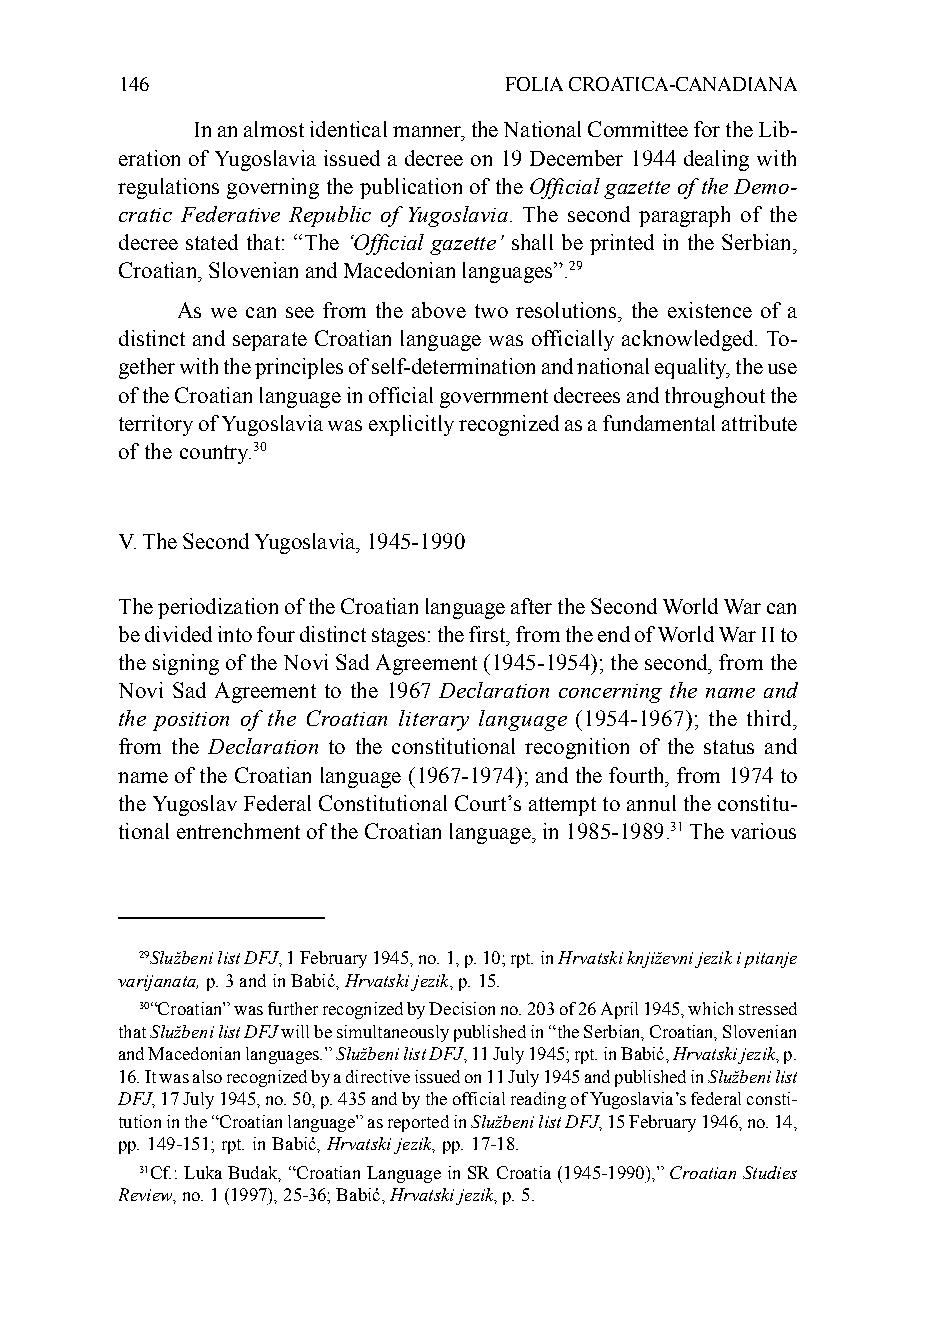
146                      FOLIA CROATICA-CANADIANA
 In an almost identical manner, the National Committee for the Lib-
 eration of Yugoslavia issued a decree on 19 December 1944 dealing with
 regulations governing the publication of the Official gazette of the Demo-
 cratic Federative Republic of Yugoslavia. The second paragraph of the
 decree stated that: “The ‘Official gazette’ shall be printed in the Serbian,
 Croatian, Slovenian and Macedonian languages”.29
 As we can see from the above two resolutions, the existence of a
 distinct and separate Croatian language was officially acknowledged. To-
 gether with the principles of self-determination and national equality, the use
 of the Croatian language in official government decrees and throughout the
 territory of Yugoslavia was explicitly recognized as a fundamental attribute
 of the country.30
 V. The Second Yugoslavia, 1945-1990
 The periodization of the Croatian language after the Second World War can
 be divided into four distinct stages: the first, from the end of World War II to
 the signing of the Novi Sad Agreement (1945-1954); the second, from the
 Novi Sad Agreement to the 1967 Declaration concerning the name and
 the position of the Croatian literary language (1954-1967); the third,
 from the Declaration to the constitutional recognition of the status and
 name of the Croatian language (1967-1974); and the fourth, from 1974 to
 the Yugoslav Federal Constitutional Court’s attempt to annul the constitu-
 tional entrenchment of the Croatian language, in 1985-1989.31 The various
 29Službeni list DFJ, 1 February 1945, no. 1, p. 10; rpt. in Hrvatski književni jezik i pitanje
 varijanata, p. 3 and in Babić, Hrvatski jezik, p. 15.
 30“Croatian” was further recognized by Decision no. 203 of 26 April 1945, which stressed
 that Službeni list DFJ will be simultaneously published in “the Serbian, Croatian, Slovenian
 and Macedonian languages.” Službeni list DFJ, 11 July 1945; rpt. in Babić, Hrvatski jezik, p.
 16. It was also recognized by a directive issued on 11 July 1945 and published in Službeni list
 DFJ, 17 July 1945, no. 50, p. 435 and by the official reading of Yugoslavia’s federal consti-
 tution in the “Croatian language” as reported in Službeni list DFJ, 15 February 1946, no. 14,
 pp. 149-151; rpt. in Babić, Hrvatski jezik, pp. 17-18.
 31Cf.: Luka Budak, “Croatian Language in SR Croatia (1945-1990),” Croatian Studies
 Review, no. 1 (1997), 25-36; Babić, Hrvatski jezik, p. 5.